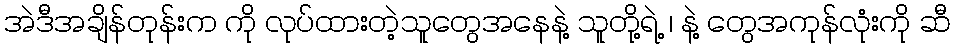
အဲဒီအချိန်တုန်းက ကို လုပ်ထားတဲ့သူတွေအနေနဲ့ သူတို့ရဲ့ ၊ နဲ့ တွေအကုန်လုံးကို ဆီ